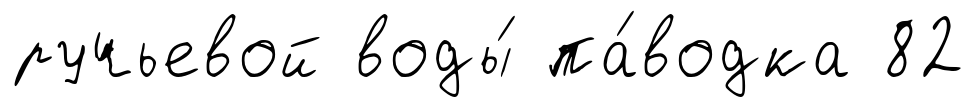
ручьевой воды́ па́водка 82